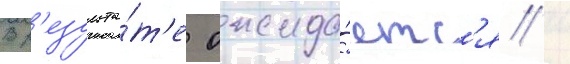
В р'езульта́т'е ожида́етс'я /